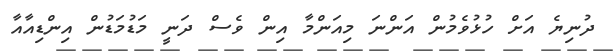
ދުނިޔެ އަށް ހުޅުވެމުން އަންނަ މިއަންމާ އިން ވެސް ދަނީ މަޑުމަޑުން އިންޑިއާއާ